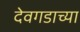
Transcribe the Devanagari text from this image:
देवगडाच्या